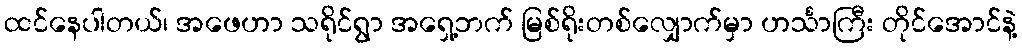
ထင်နေပါတယ်၊ အဖေဟာ သရိုင်ရွာ အရှေ့ဘက် မြစ်ရိုးတစ်လျှောက်မှာ ဟင်္သာကြီး တိုင်အောင်နဲ့